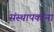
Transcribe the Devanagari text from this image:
संस्थापकांना